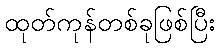
ထုတ်ကုန်တစ်ခုဖြစ်ပြီး